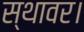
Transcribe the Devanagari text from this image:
स्थावर।